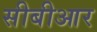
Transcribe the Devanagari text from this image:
सीबीआर